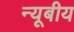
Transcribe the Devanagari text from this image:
न्यूबीय